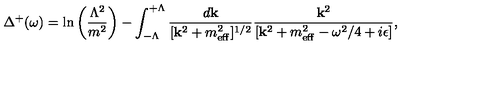
\Delta ^ { + } ( \omega ) = \ln \left( \frac { \Lambda ^ { 2 } } { m ^ { 2 } } \right) - \int _ { - \Lambda } ^ { + \Lambda } \frac { d { \bf k } } { [ { \bf k } ^ { 2 } + m _ { \mathrm { \scriptsize e f f } } ^ { 2 } ] ^ { 1 / 2 } } \frac { { \bf k } ^ { 2 } } { [ { \bf k } ^ { 2 } + m _ { \mathrm { \scriptsize e f f } } ^ { 2 } - \omega ^ { 2 } / 4 + i \epsilon ] } ,